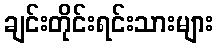
ချင်းတိုင်းရင်းသားများ